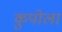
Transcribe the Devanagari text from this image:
कुपोला